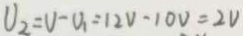
U _ { 2 } = V - U _ { 1 } = 1 2 V - 1 0 V = 2 V